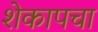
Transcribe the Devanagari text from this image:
शेकापचा